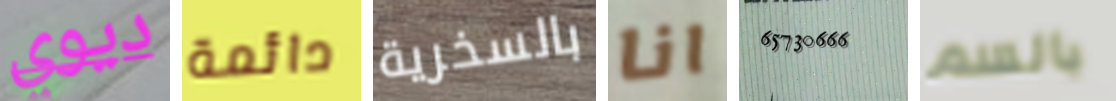
ديوي دائمة بالسخرية انا 65730666 بالسم